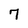
Character: 7